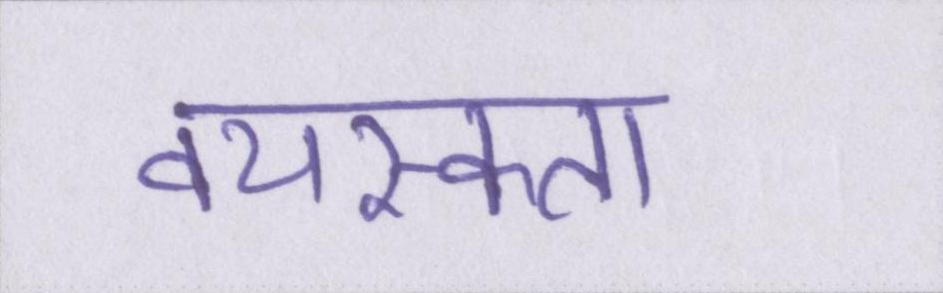
वयस्कता